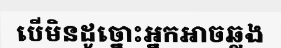
បើមិនដូច្នោះអ្នកអាចឆ្លង